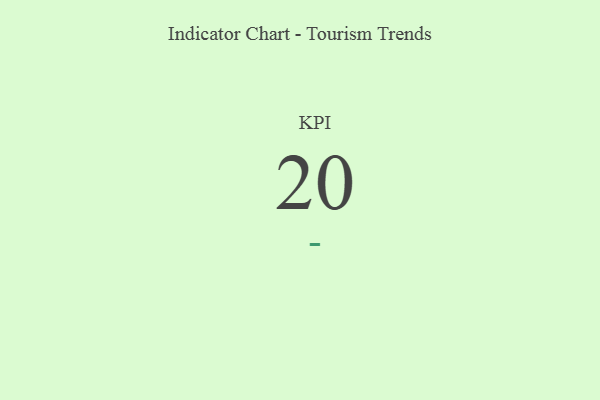
{"axis": {"x": "KPI", "y": "Value"}, "legend": [""], "data": [{"x": "KPI", "y": 20, "type": ""}]}